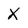
Character: X